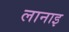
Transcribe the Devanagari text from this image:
लानाइ